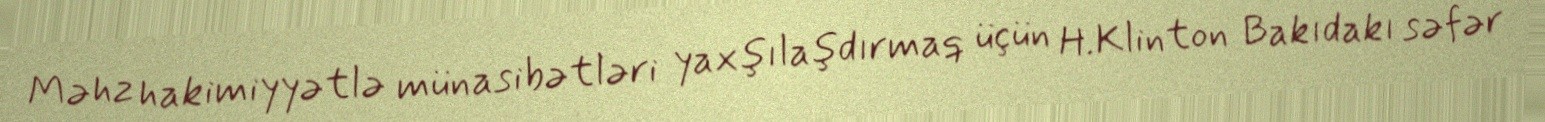
Məhz hakimiyyətlə münasibətləri yaxşılaşdırmaq üçün H.Klinton Bakıdakı səfər